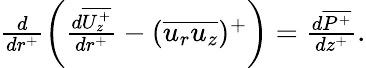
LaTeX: \begin{array}{r}{\frac{d}{dr^{+}}\left(\frac{d\overline{{U_{z}^{+}}}}{dr^{+}}-(\overline{{u_{r}u_{z}}})^{+}\right)=\frac{d\overline{{P^{+}}}}{dz^{+}}.}\end{array}